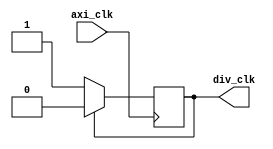
`timescale 1ns / 1ps

module clock_div(
    input axi_clk,
    output reg div_clk
    );
    
    always @(posedge axi_clk)
    begin
      if (div_clk) begin
        div_clk <= 0;
      end
      else begin
        div_clk <= 1;
      end
    end
endmodule